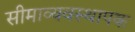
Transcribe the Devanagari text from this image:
सीमाव्यवस्थापक